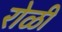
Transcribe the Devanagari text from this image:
रोळी